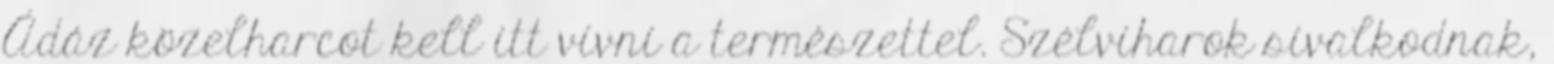
Ádáz közelharcot kell itt vívni a természettel. Szélviharok sivalkodnak,